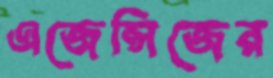
এজেন্সিজের